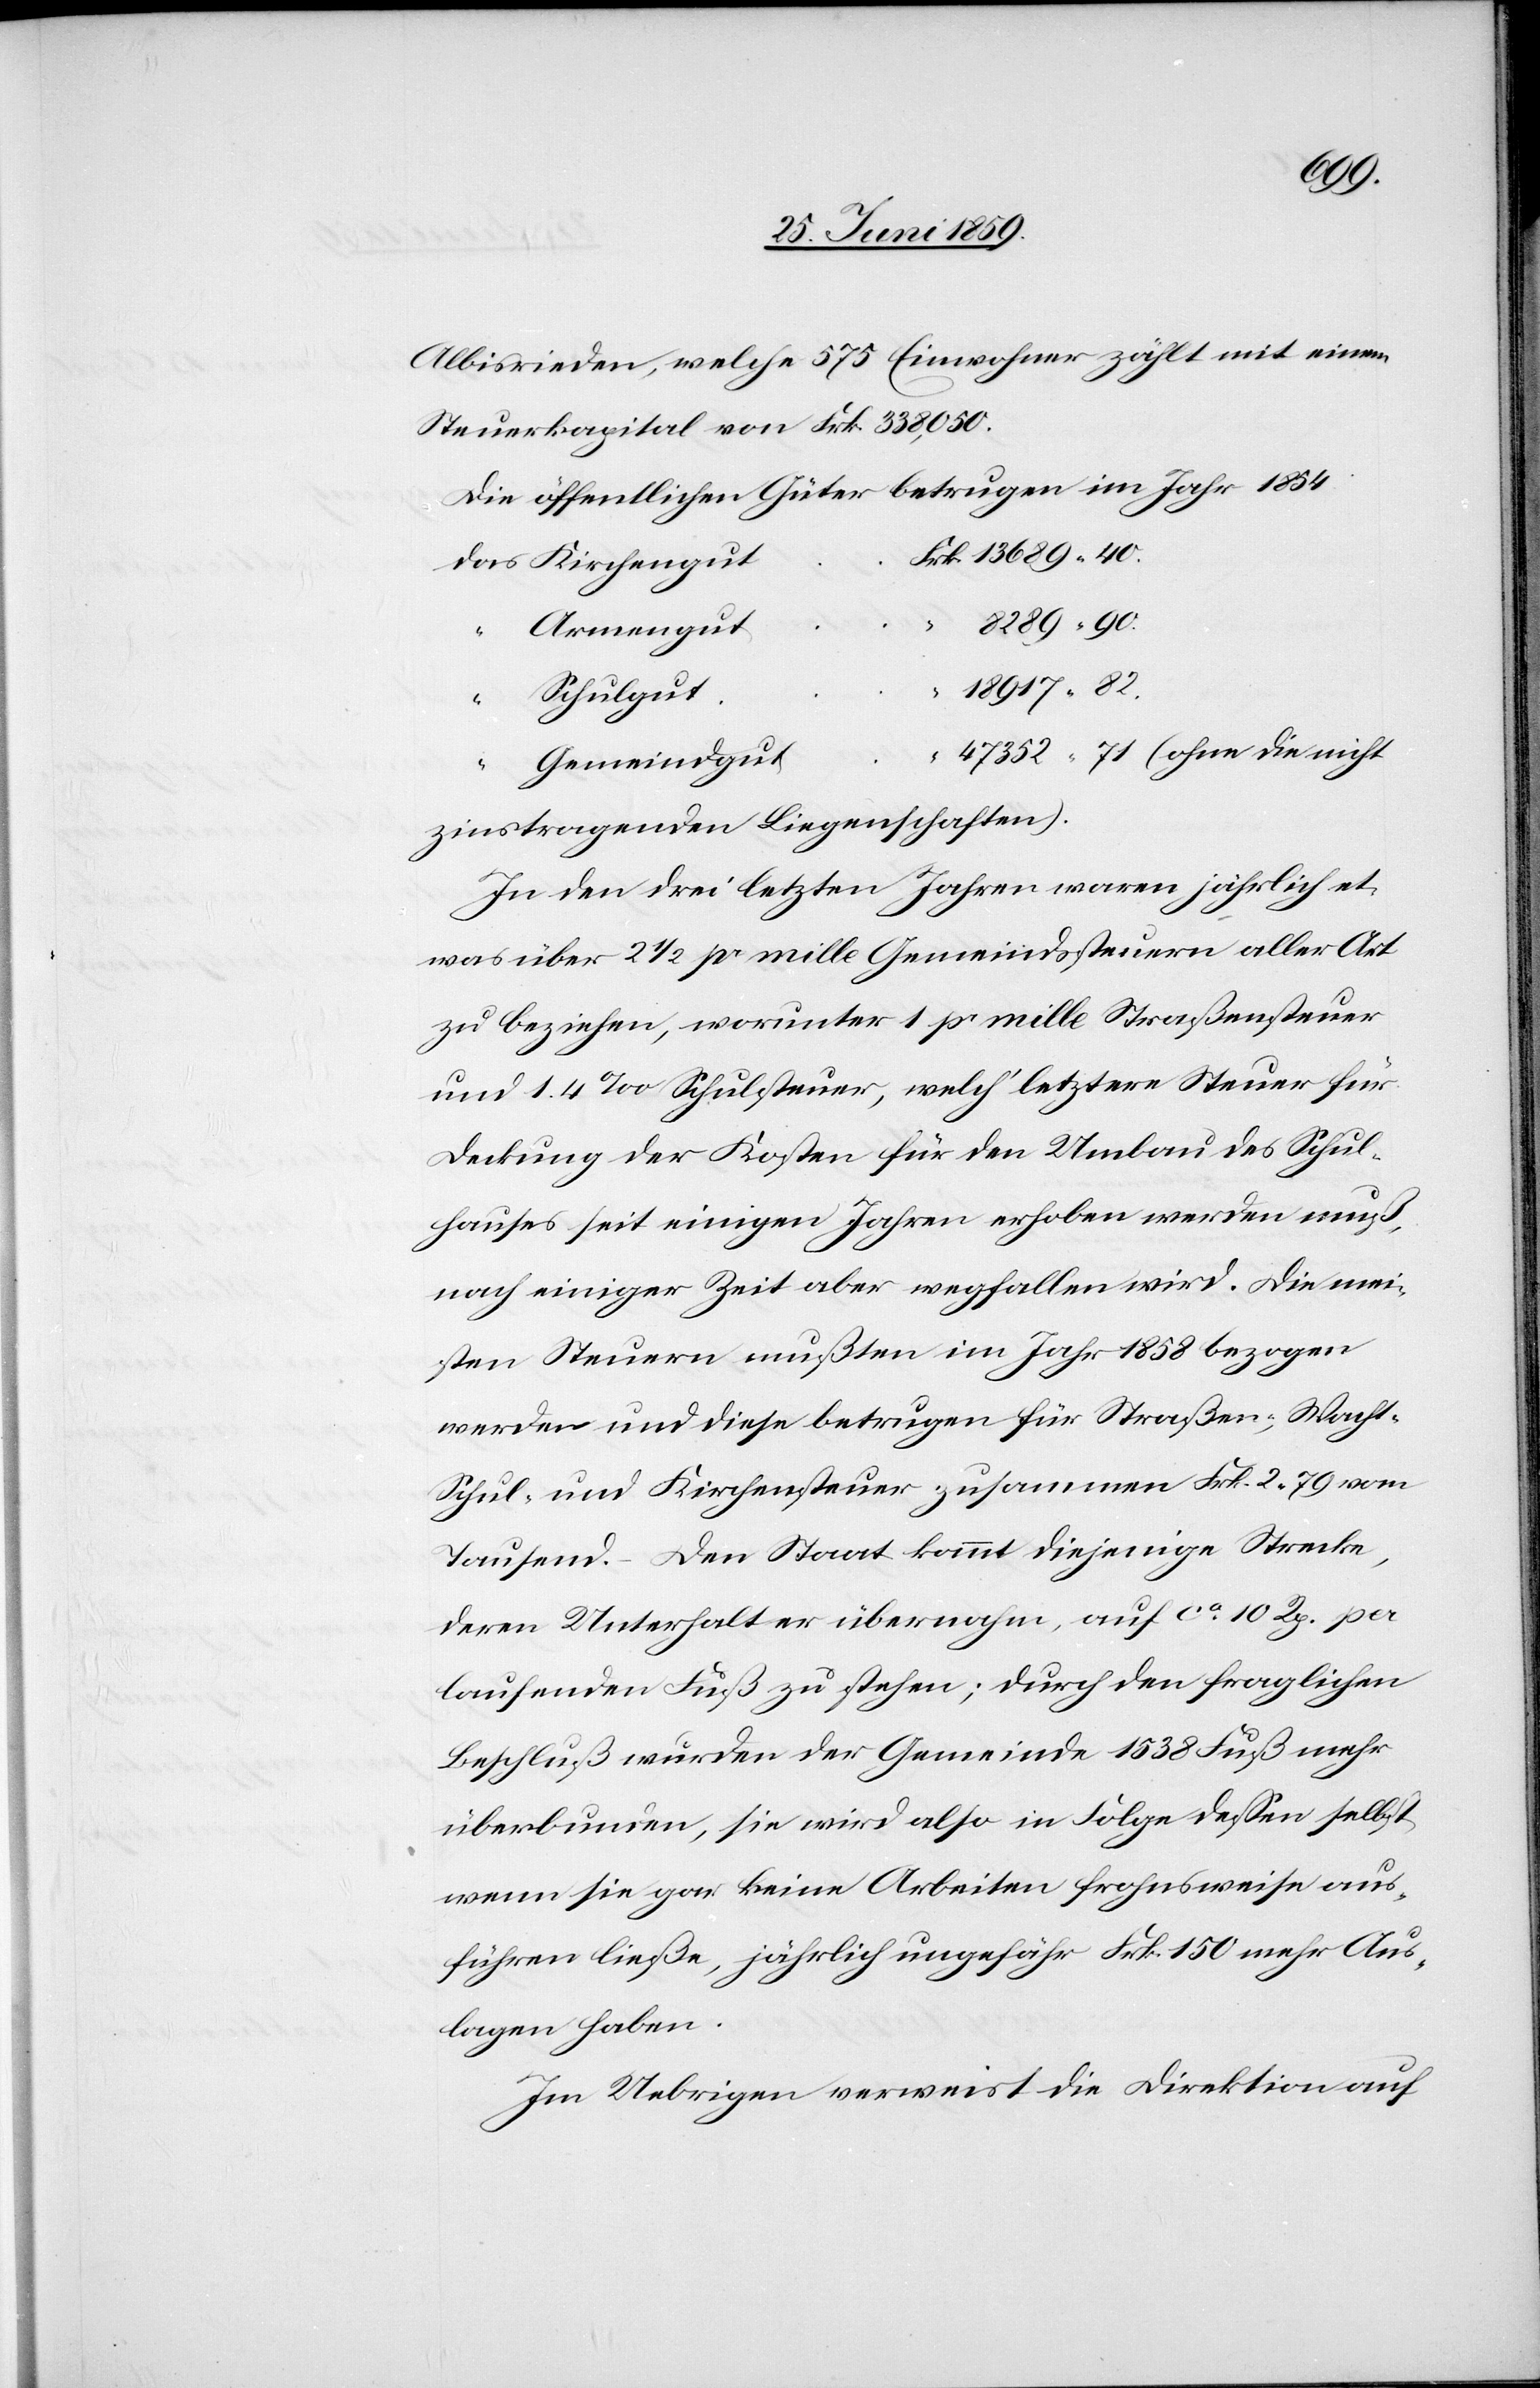
Albisrieden, welche 575 Einwohner zählt mit einem
Steuerkapital von Frk. 338,050.
Die öffentlichen Güter betrugen im Jahr 1854
Frk 13689.40.
das Kirchengut
8289.90.
Armengut
“ 18917.82.
Schulgut
“ 47352.71 (ohne die nicht
Gemeindgut
zinstragenden Liegenschaften.)
In den drei letzten Jahren waren jährlich et¬
was über 2 1/2 pr mille Gemeindssteuern aller Art
zu beziehen, worunter 1 pr mille Straßensteuer
und 1.4 ‰ Schulsteuer, welch‘ letztere Steuer für
Deckung der Kosten für den Umbau des Schul¬
hauses seit einigen Jahren erhoben werden muß,
nach einiger Zeit aber wegfallen wird. Die mei¬
sten Steuern mußten im Jahr 1858 bezogen
werden und diese betrugen für Straßen-, Wacht-
Schul- und Kirchensteuer zusammen Frk. 2.79 vom
Tausend. Den Staat kommt diejenige Strecke,
deren Unterhalt er übernahm, auf ca 10 Rp. per
laufenden Fuß zu stehen; durch den fraglichen
Beschluß wurden der Gemeinde 1538 Fuß mehr
überbunden, sie wird also in Folge dessen selbst,
wenn sie gar keine Arbeiten frohnsweise aus¬
führen ließe, jährlich ungefähr Frk. 150 mehr Aus¬
lagen haben.
Im Uebrigen verweist die Direktion auf